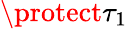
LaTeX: \protect\tau_{1}